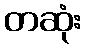
တဆုံး